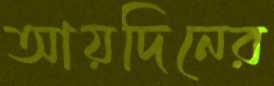
আয়দিনের